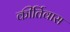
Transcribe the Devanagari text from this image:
कीर्तिवास